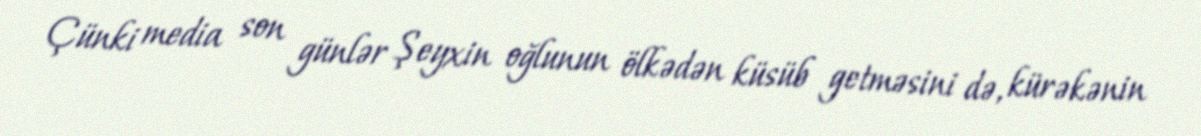
Çünki media son günlər Şeyxin oğlunun ölkədən küsüb getməsini də, kürəkənin